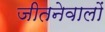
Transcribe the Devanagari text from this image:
जीतनेवालों